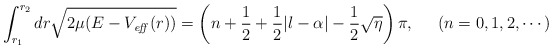
\begin{align*}\int_{r_{1}}^{r_{2}} dr \sqrt{ 2\mu ( E - V_{\it eff}(r) ) } =\left( n + \frac{1}{2} + \frac{1}{2} |l-\alpha| - \frac{1}{2}\sqrt{\eta} \right) \pi, \;\;\;\;\; ( n = 0, 1, 2, \cdots )\end{align*}